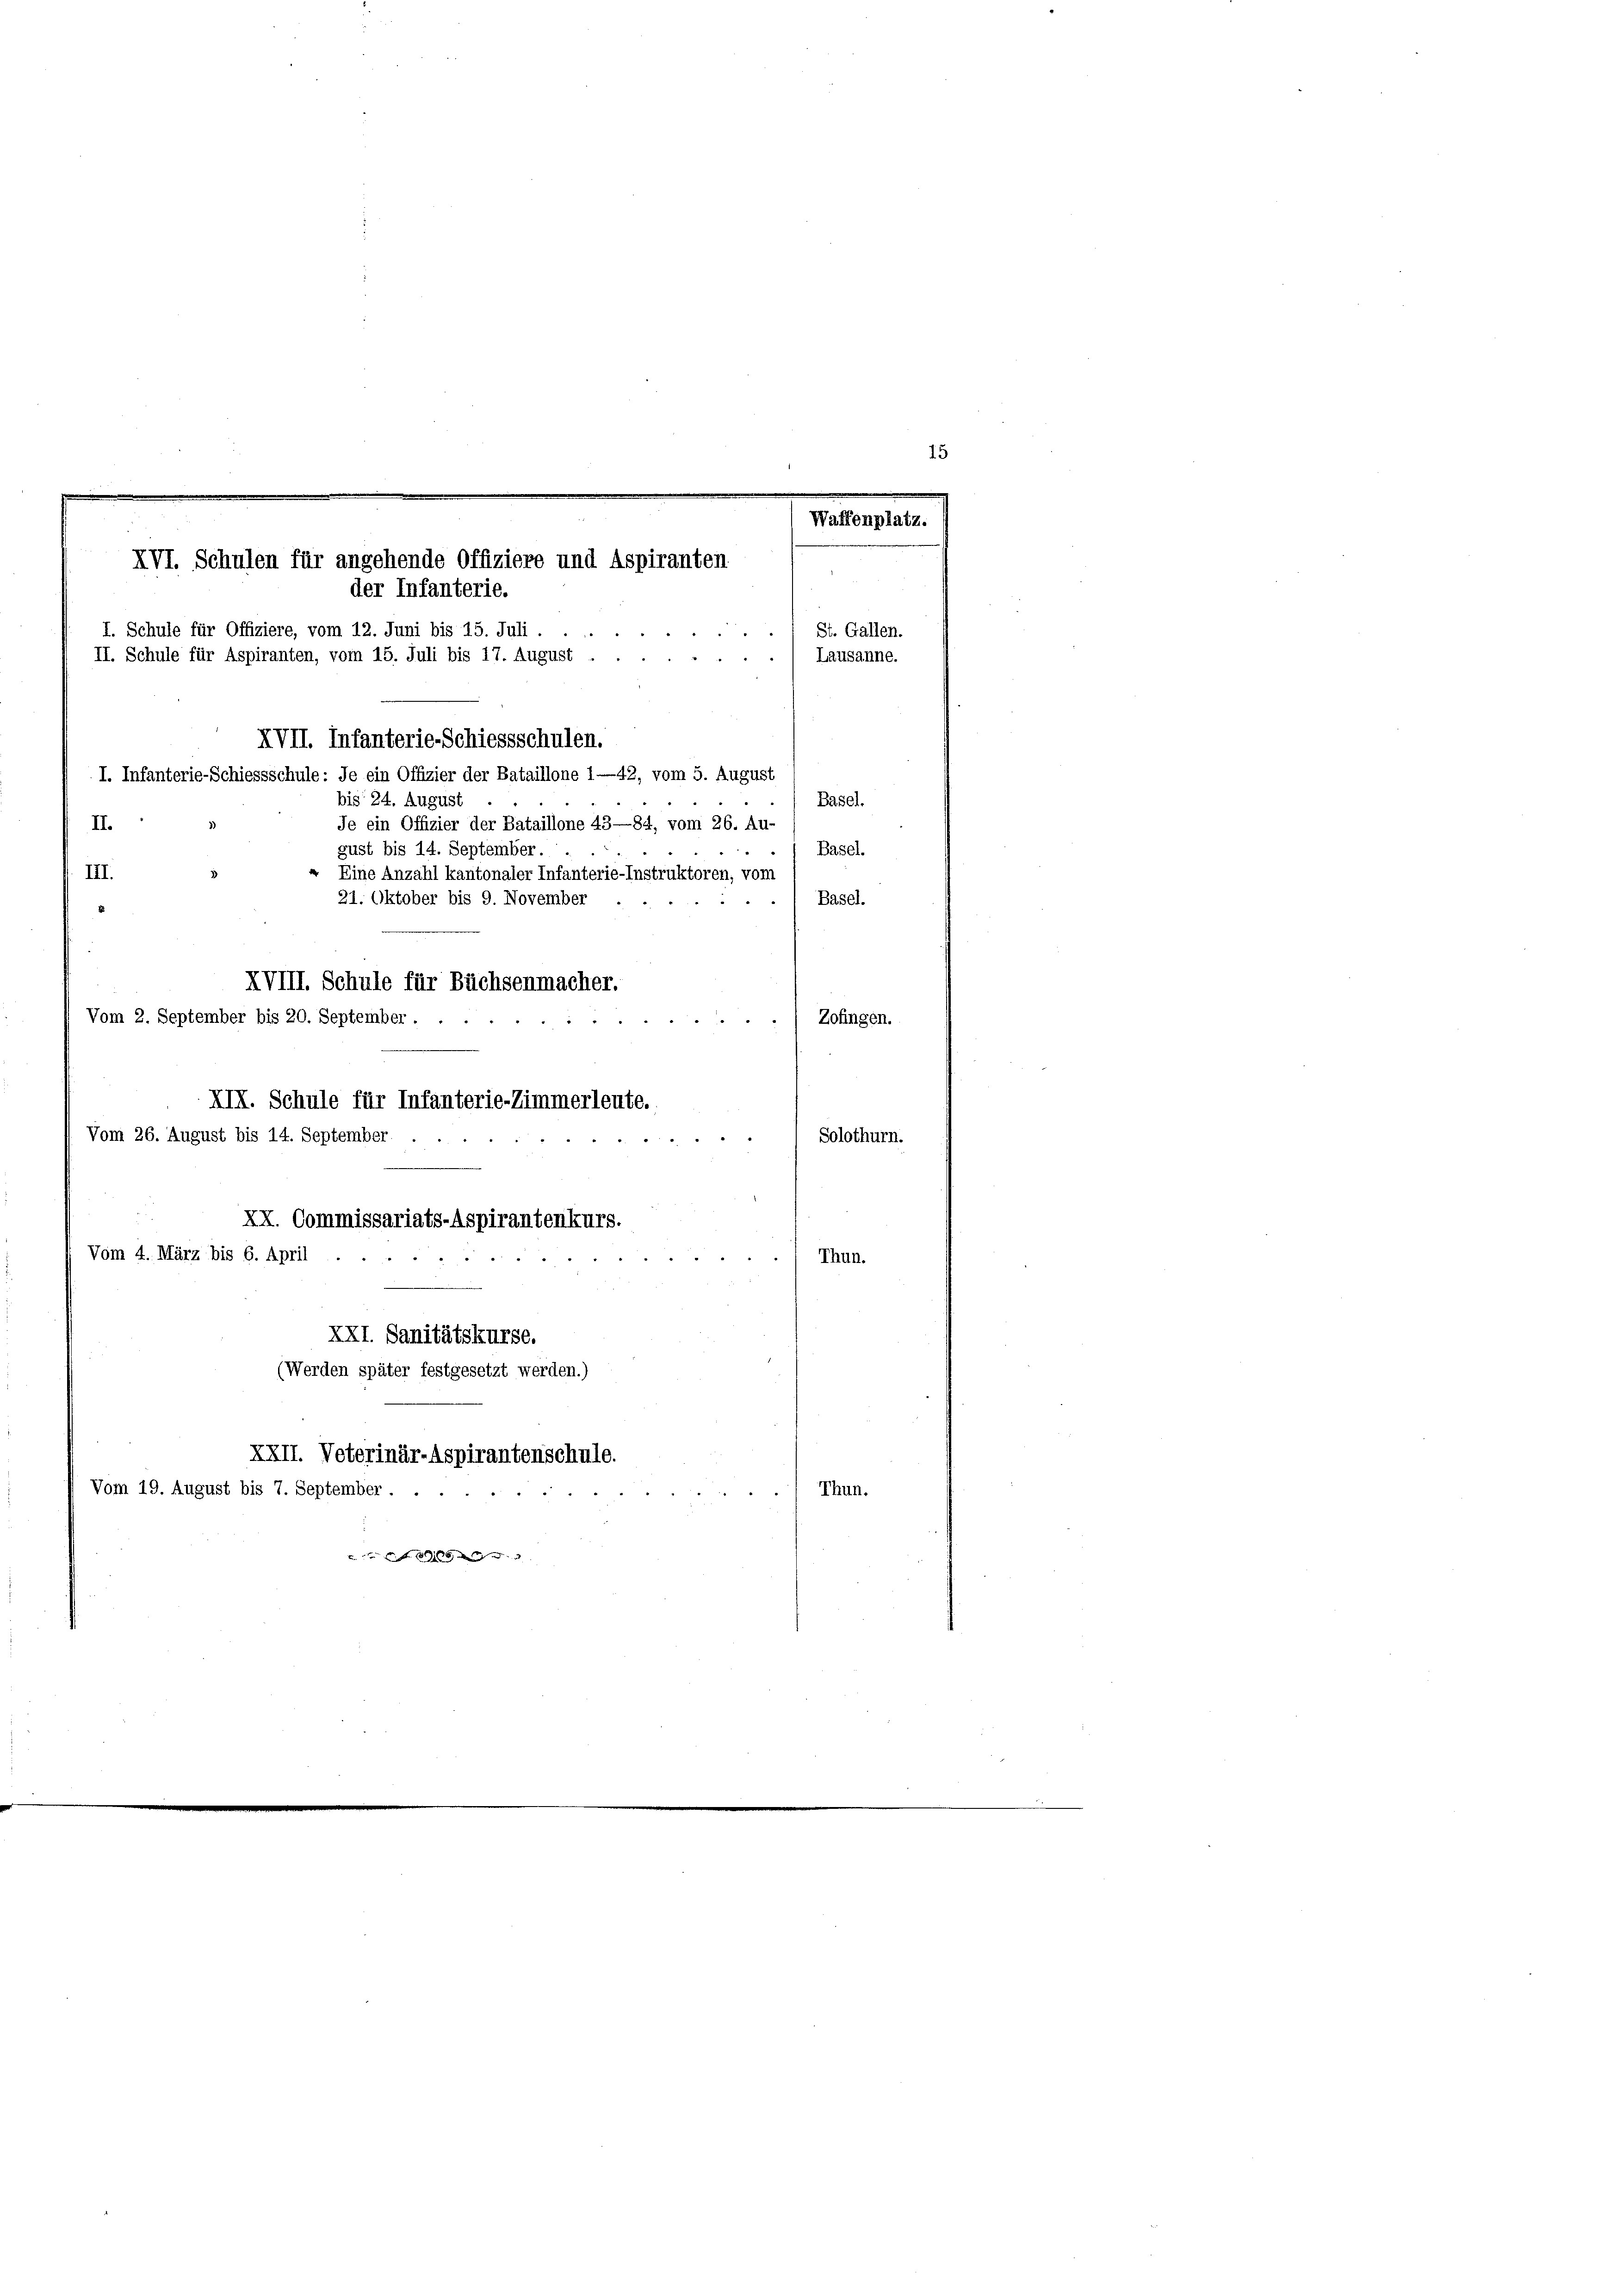
Waffenplatz.
XVI. Schulen für angehende Offiziere und Aspiranten
der Infanterie.

I. Schule für Offiziere, vom 12. Juni bis 15. Juli.
St. Gallen.
II. Schule für Aspiranten, vom 15. Juli bis 17. August
Lausanne.
XVII. Infanterie-Schiessschulen.
I. Infanterie-Schiessschule: Je ein Offizier der Bataillone 1—42, vom 5. August
bis 24. August
Basel.
Je ein Offizier der Bataillone 43—84, vom 26. Au
II.
Basel.
gust bis 14. September.
III.
« Eine Anzahl kantonaler Infanterie-Instruktoren, vom
Basel.
21. Oktober bis 9. November
e
XVIII. Schule für Büchsenmacher.
Vom 2. September bis 20. September.
) Zofingen.
XIX. Schule für Infanterie-Zimmerleute.
Vom 26. August bis 14. September .
Solothurn.

XX. Commissariats-Aspirantenkurs.
Vom 4. März bis 6. April.
.
Thun.
XXI. Sanitätskurse.
(Werden später festgesetzt werden.)
XXII. Veterinär-Aspirantenschule.
Vom 19. August bis 7. September.
) Thun.
e ift de

15